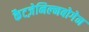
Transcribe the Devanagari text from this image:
कैटज़ेनिल्नबोगेन